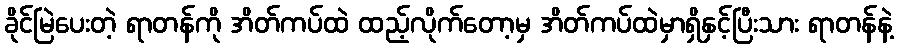
ခိုင်မြဲပေးတဲ့ ရာတန်ကို အိတ်ကပ်ထဲ ထည့်လိုက်တော့မှ အိတ်ကပ်ထဲမှာရှိနှင့်ပြီးသား ရာတန်နဲ့